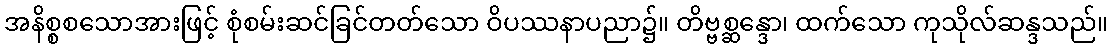
အနိစ္စစသောအားဖြင့် စုံစမ်းဆင်ခြင်တတ်သော ဝိပဿနာပညာ၌။ တိဗ္ဗစ္ဆန္ဒော၊ ထက်သော ကုသိုလ်ဆန္ဒသည်။